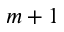
m + 1